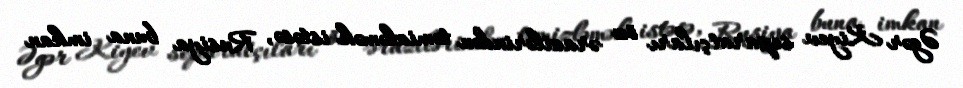
Əgər Kiyev separatçıları öz ərazilərindən təmizləmək istəsə, Rusiya buna imkan